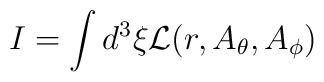
I=\int d^3\xi{\cal L}(r, A_{\theta}, A_{\phi})